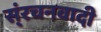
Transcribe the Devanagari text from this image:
स्ंरचनवादी